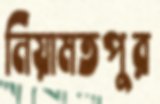
নিয়ামতপুর